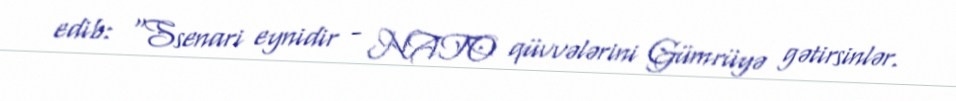
edib: “Ssenari eynidir - NATO qüvvələrini Gümrüyə gətirsinlər.